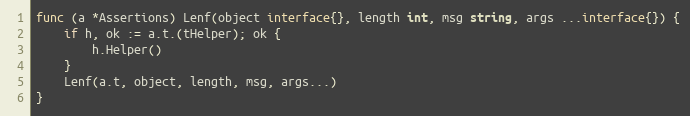
Language: Go
func (a *Assertions) Lenf(object interface{}, length int, msg string, args ...interface{}) {
	if h, ok := a.t.(tHelper); ok {
		h.Helper()
	}
	Lenf(a.t, object, length, msg, args...)
}